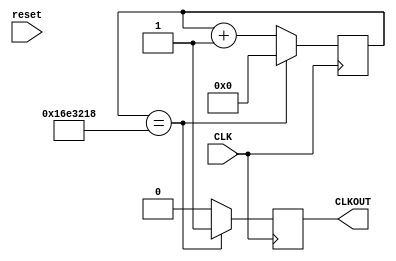
`timescale 1ns / 1ps
//////////////////////////////////////////////////////////////////////////////////
// Company: 
// Engineer: 
// 
// Design Name: 
// Module Name:    ChangeCLK 
// Project Name: 
// Target Devices: 
// Tool versions: 
// Description: 
//
// Dependencies: 
//
// Revision: 
// Revision 0.01 - File Created
// Additional Comments: 
//
//////////////////////////////////////////////////////////////////////////////////
module ChangeCLK(
    input CLK,
	 input reset,
    output reg CLKOUT
    );
	reg [31:0]counter;
	initial begin
		counter <= 0;
		CLKOUT <= 0;
	end
	always@(posedge CLK)
		begin
			if (~reset)
				begin
					counter <= 0;
				end
			if (counter == 23999000)
				begin
					counter <= 0;
					CLKOUT <= 1;
				end
			else
				begin
					counter <= counter + 1;
					CLKOUT <= 0;
				end
		end
endmodule